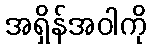
အရှိန်အဝါကို